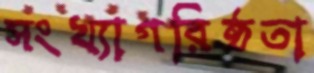
সংখ্যাগরিষ্ঠতা